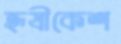
হৃষীকেশ